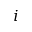
i